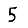
Digit: 5